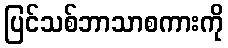
ပြင်သစ်ဘာသာစကားကို